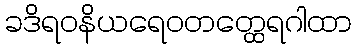
ခဒိရဝနိယရေဝတတ္ထေရဂါထာ